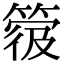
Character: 𥯼